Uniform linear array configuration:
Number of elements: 32
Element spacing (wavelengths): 0.5
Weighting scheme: kaiser
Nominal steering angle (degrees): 30
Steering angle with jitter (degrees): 31.04
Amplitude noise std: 0.05
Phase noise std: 0.05

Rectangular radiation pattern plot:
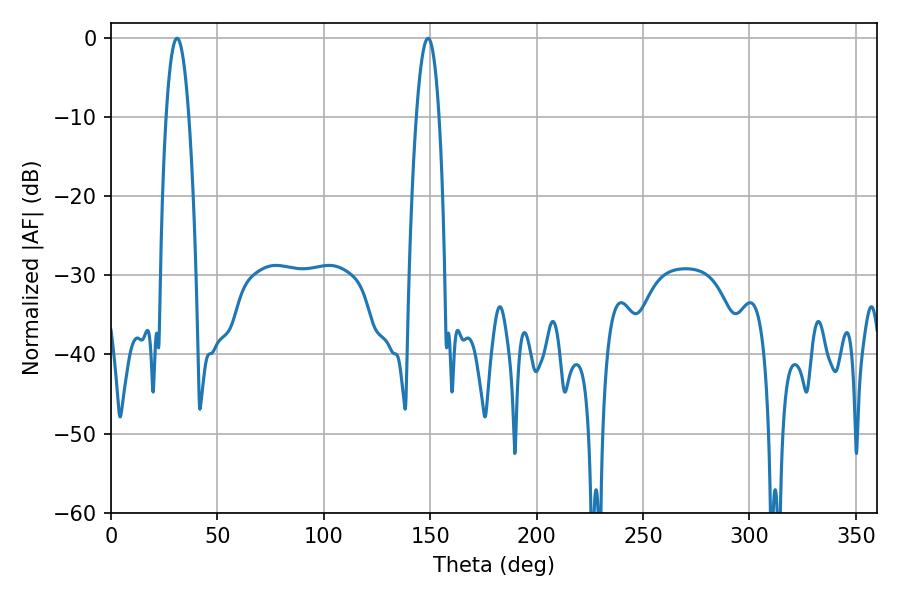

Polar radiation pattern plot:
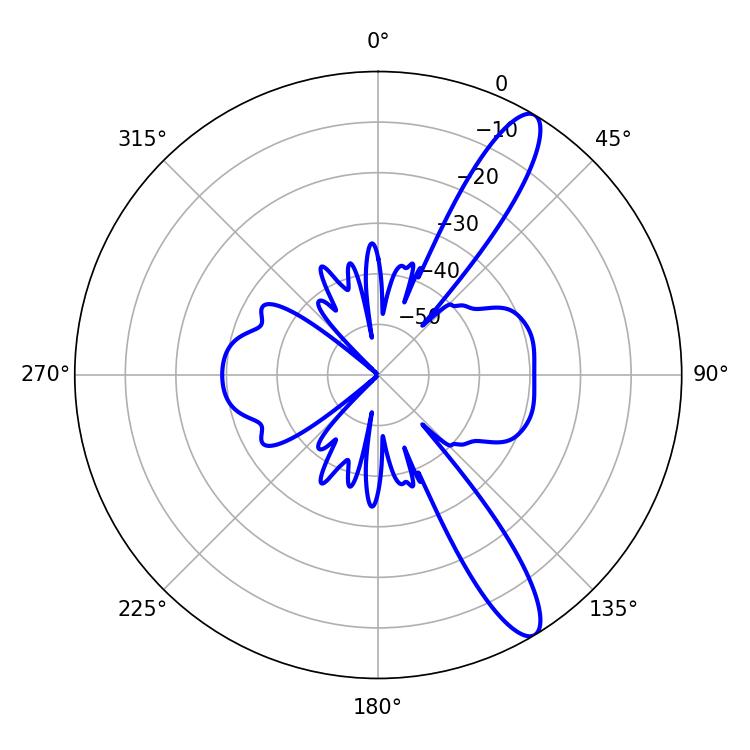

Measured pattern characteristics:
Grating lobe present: FALSE
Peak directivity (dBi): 12.401
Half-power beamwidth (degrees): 5.94
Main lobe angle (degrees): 30.96